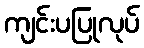
ကျင်းပပြုလုပ်